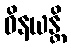
ဝိနယန္တိ